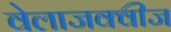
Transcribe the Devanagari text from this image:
वेलाजक्वीज